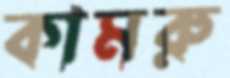
কামরু